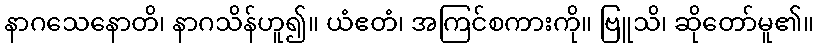
နာဂသေနောတိ၊ နာဂသိန်ဟူ၍။ ယံဧတံ၊ အကြင်စကားကို။ ဗြူသိ၊ ဆိုတော်မူ၏။